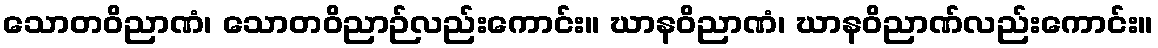
သောတဝိညာဏံ၊ သောတဝိညာဉ်လည်းကောင်း။ ဃာနဝိညာဏံ၊ ဃာနဝိညာဏ်လည်းကောင်း။